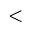
<